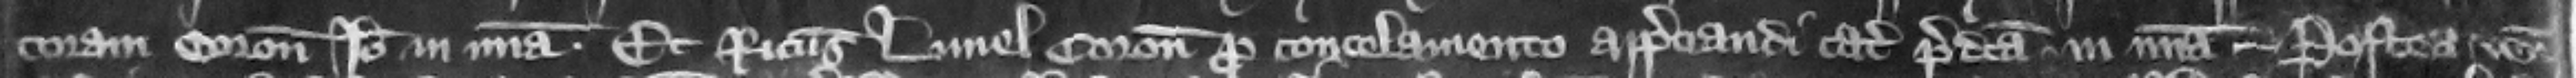
coram coronatore. ideo in misericordia. Et Ricardus Luuel coronator pro concelamento appreciandi catalla predict in misericordia. Postea venit